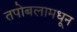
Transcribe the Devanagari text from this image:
तपोबलामधून